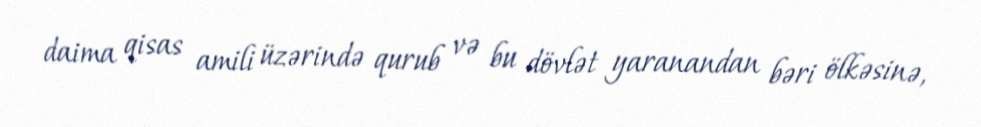
daima qisas amili üzərində qurub və bu dövlət yaranandan bəri ölkəsinə,